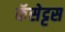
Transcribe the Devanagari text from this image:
कॅसेट्टस